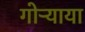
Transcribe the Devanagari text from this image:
गोऱ्याया